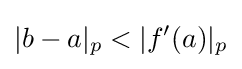
|b-a|_{p}<|f'(a)|_{p}